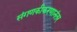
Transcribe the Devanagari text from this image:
संगणकीकरणानंतर